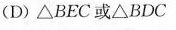
(D)△BEC或△BDCA